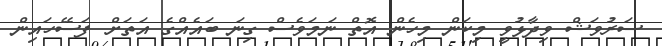
ސަރުވަޝް ވިދާޅުވީ މިކަން މިހެން އޮތް ނަމަވެސް ގިނަ ބައެއްގެ އަތަށް ފަސޭހައިން